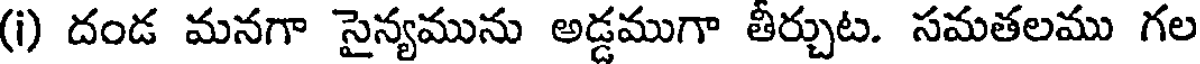
(i) దండ మనగా సైన్యమును అడ్డముగా తీర్చుట. సమతలము గల